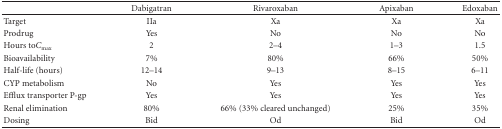
|  | Dabigatran | Rivaroxaban | Apixaban | Edoxaban |
 | --- | --- | --- | --- | --- |
 | Target | IIa | Xa | Xa | Xa |
 | Prodrug | Yes | No | No | No |
 | Hours toCmax⁡ | 2 | 2–4 | 1–3 | 1.5 |
 | Bioavailability | 7% | 80% | 66% | 50% |
 | Half-life (hours) | 12–14 | 9–13 | 8–15 | 6–11 |
 | CYP metabolism | No | Yes | Yes | Yes |
 | Efflux transporter P-gp | Yes | Yes | Yes | Yes |
 | Renal elimination | 80% | 66% (33% cleared unchanged) | 25% | 35% |
 | Dosing | Bid | Od | Bid | Od |